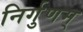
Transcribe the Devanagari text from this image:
निर्गुणम्